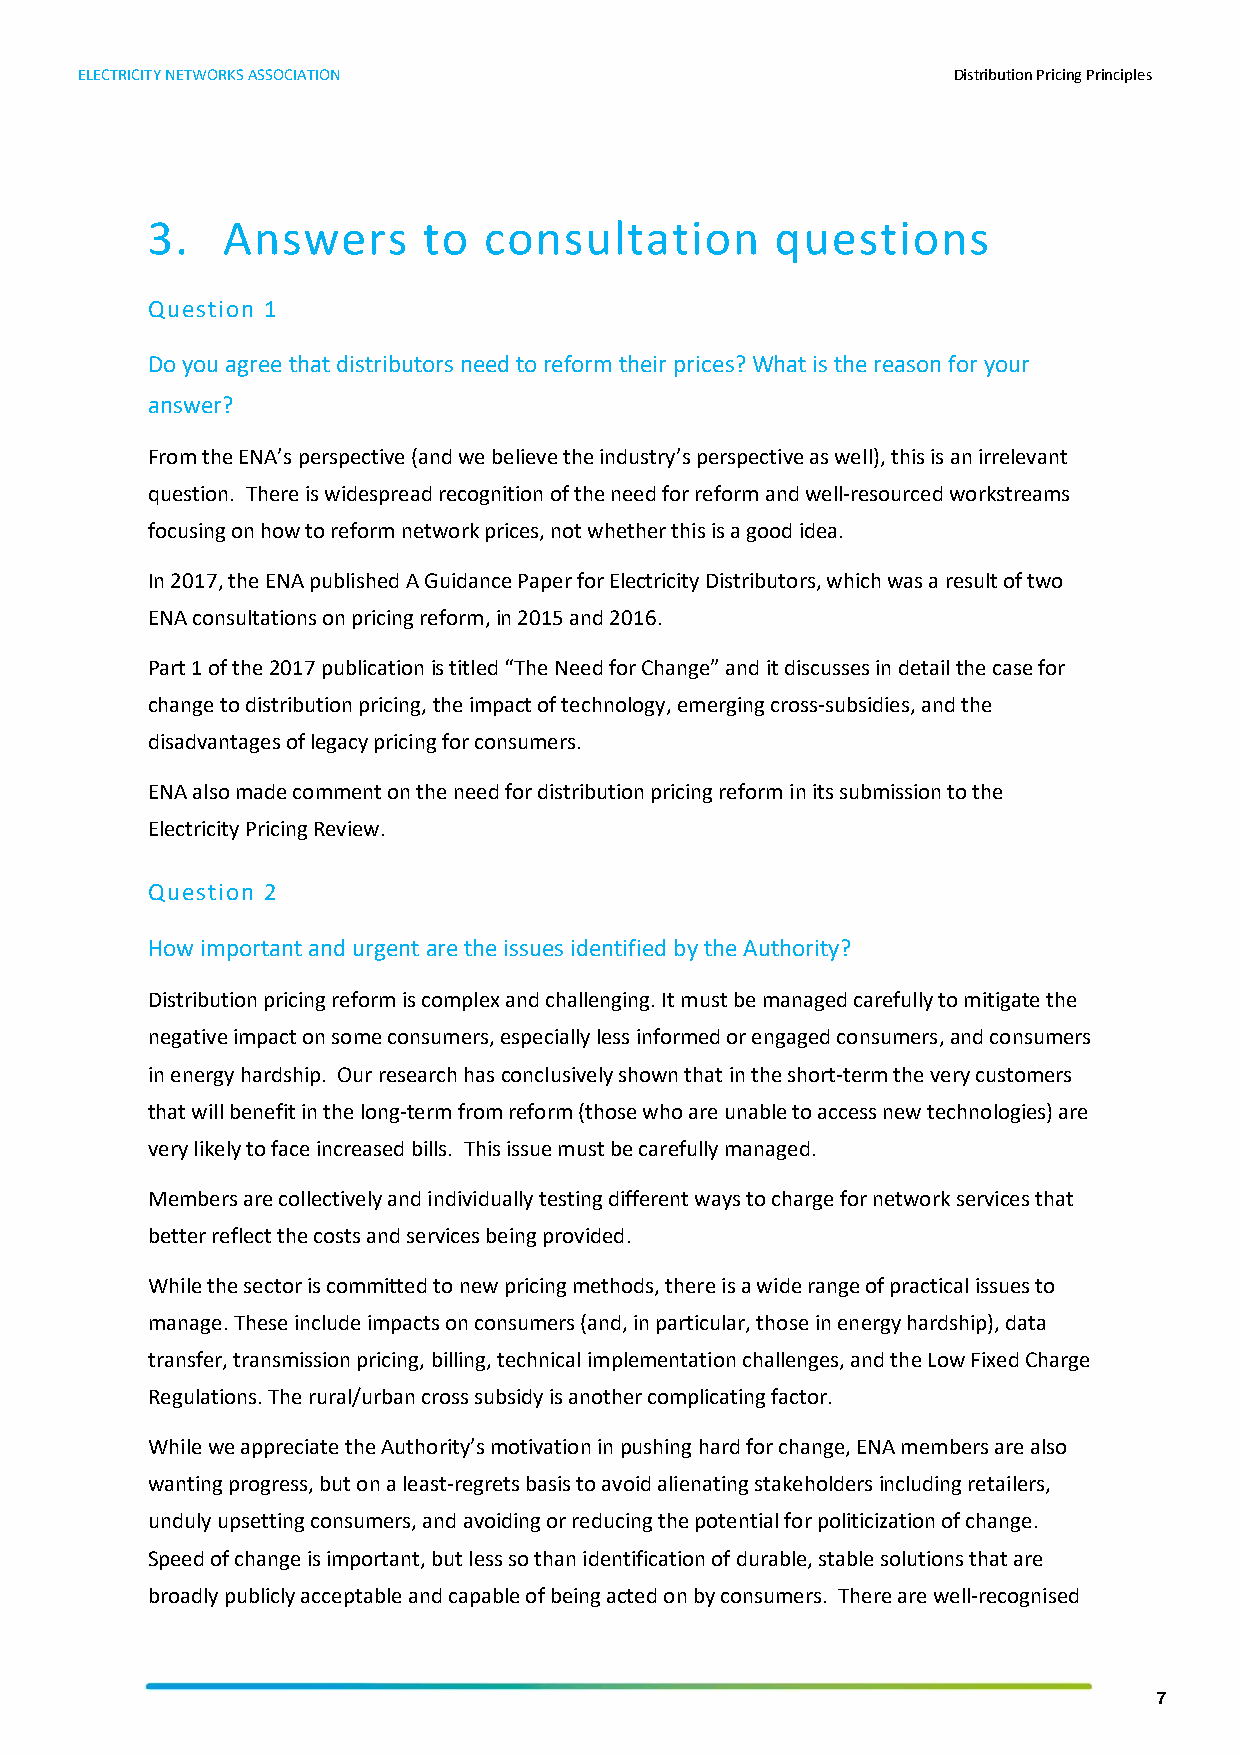
ELECTRICITY NETWORKS ASSOCIATION                          Distribution Pricing Principles
 3.   Answers      to  consultation       questions
 Question 1
 Do you agree that distributors need to reform their prices? What is the reason for your
 answer?
 From the ENA’s perspective (and we believe the industry’s perspective as well), this is an irrelevant
 question. There is widespread recognition of the need for reform and well-resourced workstreams
 focusing on how to reform network prices, not whether this is a good idea.
 In 2017, the ENA published A Guidance Paper for Electricity Distributors, which was a result of two
 ENA consultations on pricing reform, in 2015 and 2016.
 Part 1 of the 2017 publication is titled “The Need for Change” and it discusses in detail the case for
 change to distribution pricing, the impact of technology, emerging cross-subsidies, and the
 disadvantages of legacy pricing for consumers.
 ENA also made comment on the need for distribution pricing reform in its submission to the
 Electricity Pricing Review.
 Question 2
 How important and urgent are the issues identified by the Authority?
 Distribution pricing reform is complex and challenging. It must be managed carefully to mitigate the
 negative impact on some consumers, especially less informed or engaged consumers, and consumers
 in energy hardship. Our research has conclusively shown that in the short-term the very customers
 that will benefit in the long-term from reform (those who are unable to access new technologies) are
 very likely to face increased bills. This issue must be carefully managed.
 Members are collectively and individually testing different ways to charge for network services that
 better reflect the costs and services being provided.
 While the sector is committed to new pricing methods, there is a wide range of practical issues to
 manage. These include impacts on consumers (and, in particular, those in energy hardship), data
 transfer, transmission pricing, billing, technical implementation challenges, and the Low Fixed Charge
 Regulations. The rural/urban cross subsidy is another complicating factor.
 While we appreciate the Authority’s motivation in pushing hard for change, ENA members are also
 wanting progress, but on a least-regrets basis to avoid alienating stakeholders including retailers,
 unduly upsetting consumers, and avoiding or reducing the potential for politicization of change.
 Speed of change is important, but less so than identification of durable, stable solutions that are
 broadly publicly acceptable and capable of being acted on by consumers. There are well-recognised
 7